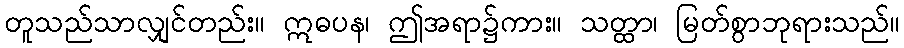
တူသည်သာလျှင်တည်း။ ဣဓပန၊ ဤအရာ၌ကား။ သတ္ထာ၊ မြတ်စွာဘုရားသည်။